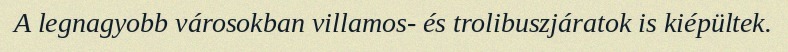
A legnagyobb városokban villamos- és trolibuszjáratok is kiépültek.